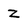
Character: Z